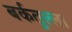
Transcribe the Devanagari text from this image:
बर्कतुल्ला